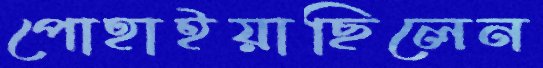
পোহাইয়াছিলেন